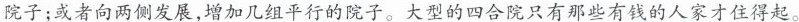
院子；或者向两侧发展，增加几组平行的院子。大型的四合院只有那些有钱的人家才住得起。